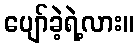
ပျော်ခဲ့ရဲ့လား။